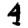
Digit: 4